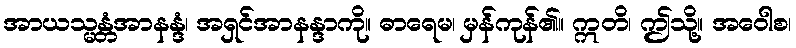
အာယသ္မန္တံအာနန္ဒံ၊ အရှင်အာနန္ဒာကို။ ဓာရေမ၊ မှန်ကုန်၏။ ဣတိ၊ ဤသို့။ အဝေါစ၊